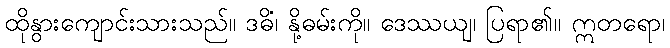
ထိုနွားကျောင်းသားသည်။ ဒဓိံ၊ နို့ဓမ်းကို။ ဒေဿယျ၊ ပြရာ၏။ ဣတရော၊